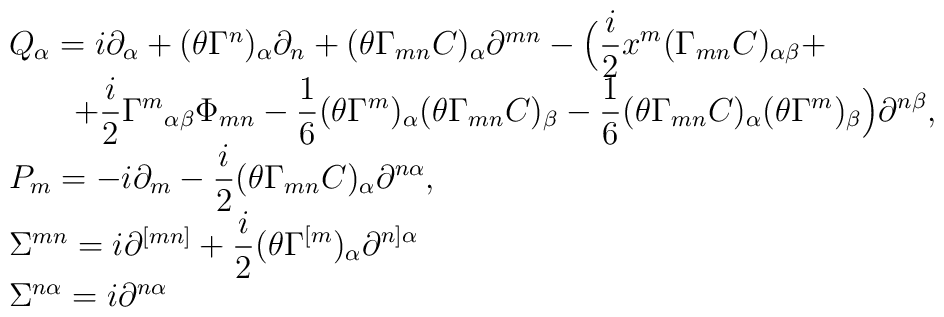
\begin{array}{l}Q_\alpha=i\partial_\alpha+(\theta\Gamma^n)_\alpha\partial_n +(\theta\Gamma_{mn}C)_\alpha\partial^{mn}-\Big(\displaystyle\frac i2x^m(\Gamma_{mn}C)_{\alpha\beta}+\\\qquad+\displaystyle\frac i2 {\Gamma^m}_{\alpha\beta}\Phi_{mn}-\frac 16(\theta\Gamma^m)_\alpha(\theta\Gamma_{mn}C)_\beta-\frac 16 (\theta\Gamma_{mn}C)_\alpha(\theta\Gamma^m)_\beta\Big)\partial^{n\beta},\\P_m=-i\partial_m-\displaystyle\frac i2 (\theta\Gamma_{mn}C)_\alpha\partial^{n\alpha},\\\Sigma^{mn}=i\partial^{[mn]}+\displaystyle\frac i2(\theta\Gamma^{[m})_\alpha\partial^{n]\alpha}\\\Sigma^{n\alpha}=i\partial^{n\alpha}\end{array}